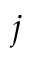
j